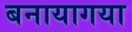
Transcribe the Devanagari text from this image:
बनायागया